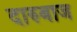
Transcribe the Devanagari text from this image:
दारुबाज